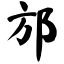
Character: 邡